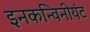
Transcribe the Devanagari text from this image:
इनकन्विनीयंट